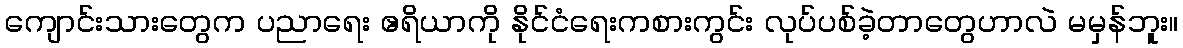
ကျောင်းသားတွေက ပညာရေး ဧရိယာကို နိုင်ငံရေးကစားကွင်း လုပ်ပစ်ခဲ့တာတွေဟာလဲ မမှန်ဘူး။